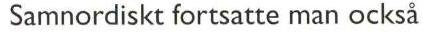
 Samnordiskt fortsatte man också